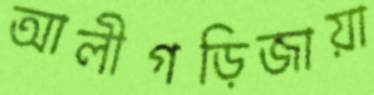
আলীগড়িজায়া